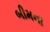
બીમના